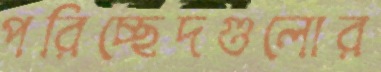
পরিচ্ছেদগুলোর